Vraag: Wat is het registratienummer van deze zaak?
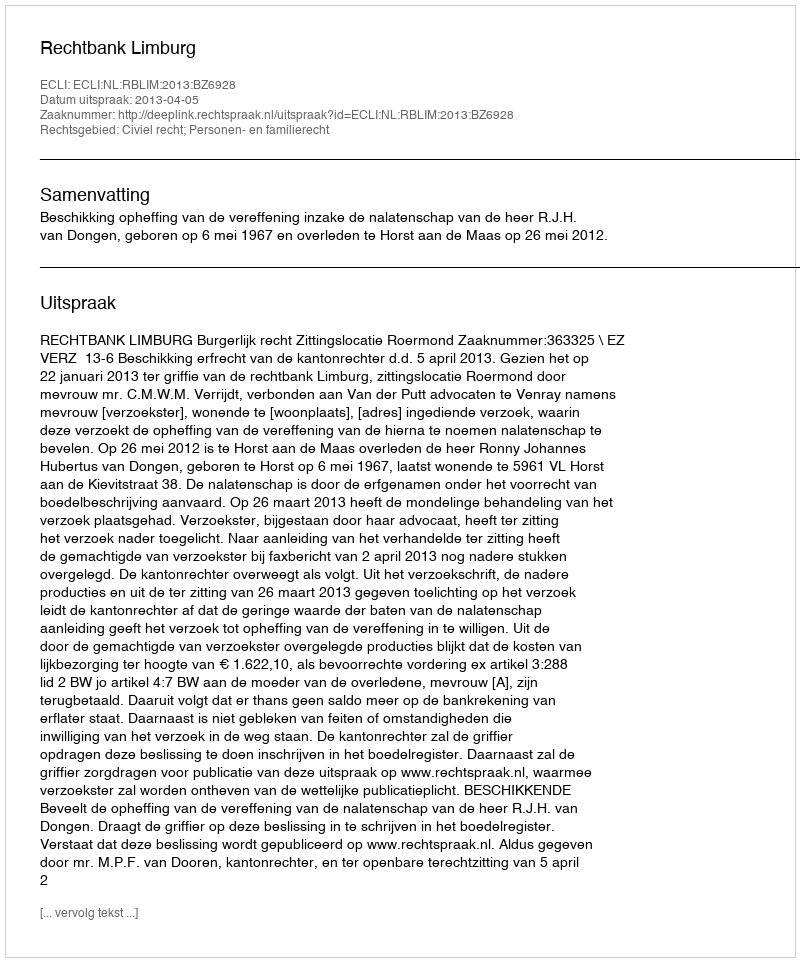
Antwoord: http://deeplink.rechtspraak.nl/uitspraak?id=ECLI:NL:RBLIM:2013:BZ6928